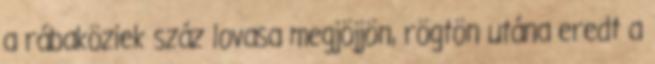
a rábaköziek száz lovasa megjöjjön, rögtön utána eredt a